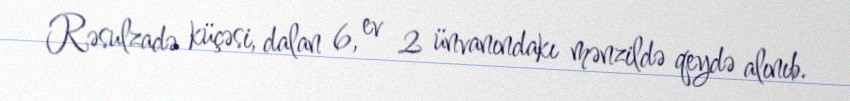
Rəsulzadə küçəsi, dalan 6, ev 2 ünvanındakı mənzildə qeydə alınıb.